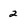
Character: 2